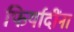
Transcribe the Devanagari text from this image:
फिर्यादींना